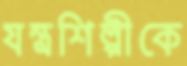
যন্ত্রশিল্পীকে